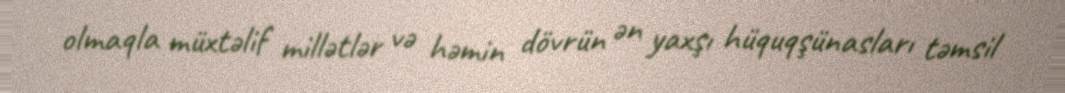
olmaqla müxtəlif millətlər və həmin dövrün ən yaxşı hüquqşünasları təmsil